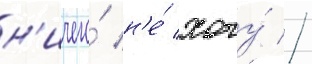
н'ичего́ н'е́ хочу́ //